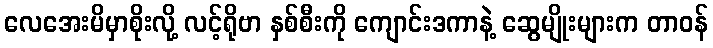
လေအေးမိမှာစိုးလို့ လင့်ရိုဗာ နှစ်စီးကို ကျောင်းဒကာနဲ့ ဆွေမျိုးများက တာဝန်